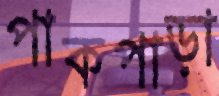
পাকপাড়া